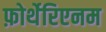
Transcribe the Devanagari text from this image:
फ़ोर्थेरिएनम